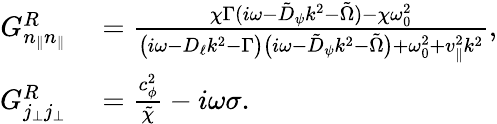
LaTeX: \begin{array}{rl}{G_{n_{\| }n_{\| }}^{R}}&{{}=\frac{\chi\Gamma(i\omega-\tilde{D}_{\psi}k^{2}-\tilde{\Omega})-\chi\omega_{0}^{2}}{\big(i\omega-D_{\ell}k^{2}-\Gamma\big)\big(i\omega-\tilde{D}_{\psi}k^{2}-\tilde{\Omega}\big)+\omega_{0}^{2}+v_{\| }^{2}k^{2}},}\\ {G_{j_{\perp}j_{\perp}}^{R}}&{{}=\frac{c_{\phi}^{2}}{\tilde{\chi}}-i\omega\sigma.}\end{array}